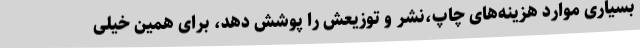
بسیاری موارد هزینه‌های چاپ،نشر و توزیعش را پوشش دهد، برای همین خیلی